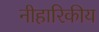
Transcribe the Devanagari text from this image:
नीहारिकीय